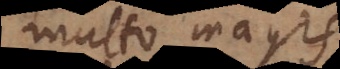
multo magis